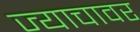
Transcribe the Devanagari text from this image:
ज्याचावर